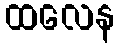
ထလေန